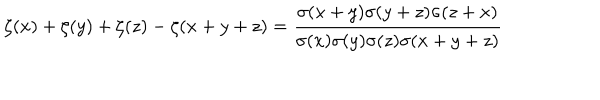
LaTeX: \zeta ( x ) + \zeta ( y ) + \zeta ( z ) - \zeta ( x + y + z ) = { \frac { \sigma ( x + y ) \sigma ( y + z ) \sigma ( z + x ) } { \sigma ( x ) \sigma ( y ) \sigma ( z ) \sigma ( x + y + z ) } }